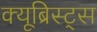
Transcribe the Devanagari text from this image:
क्यूब्रिस्ट्स